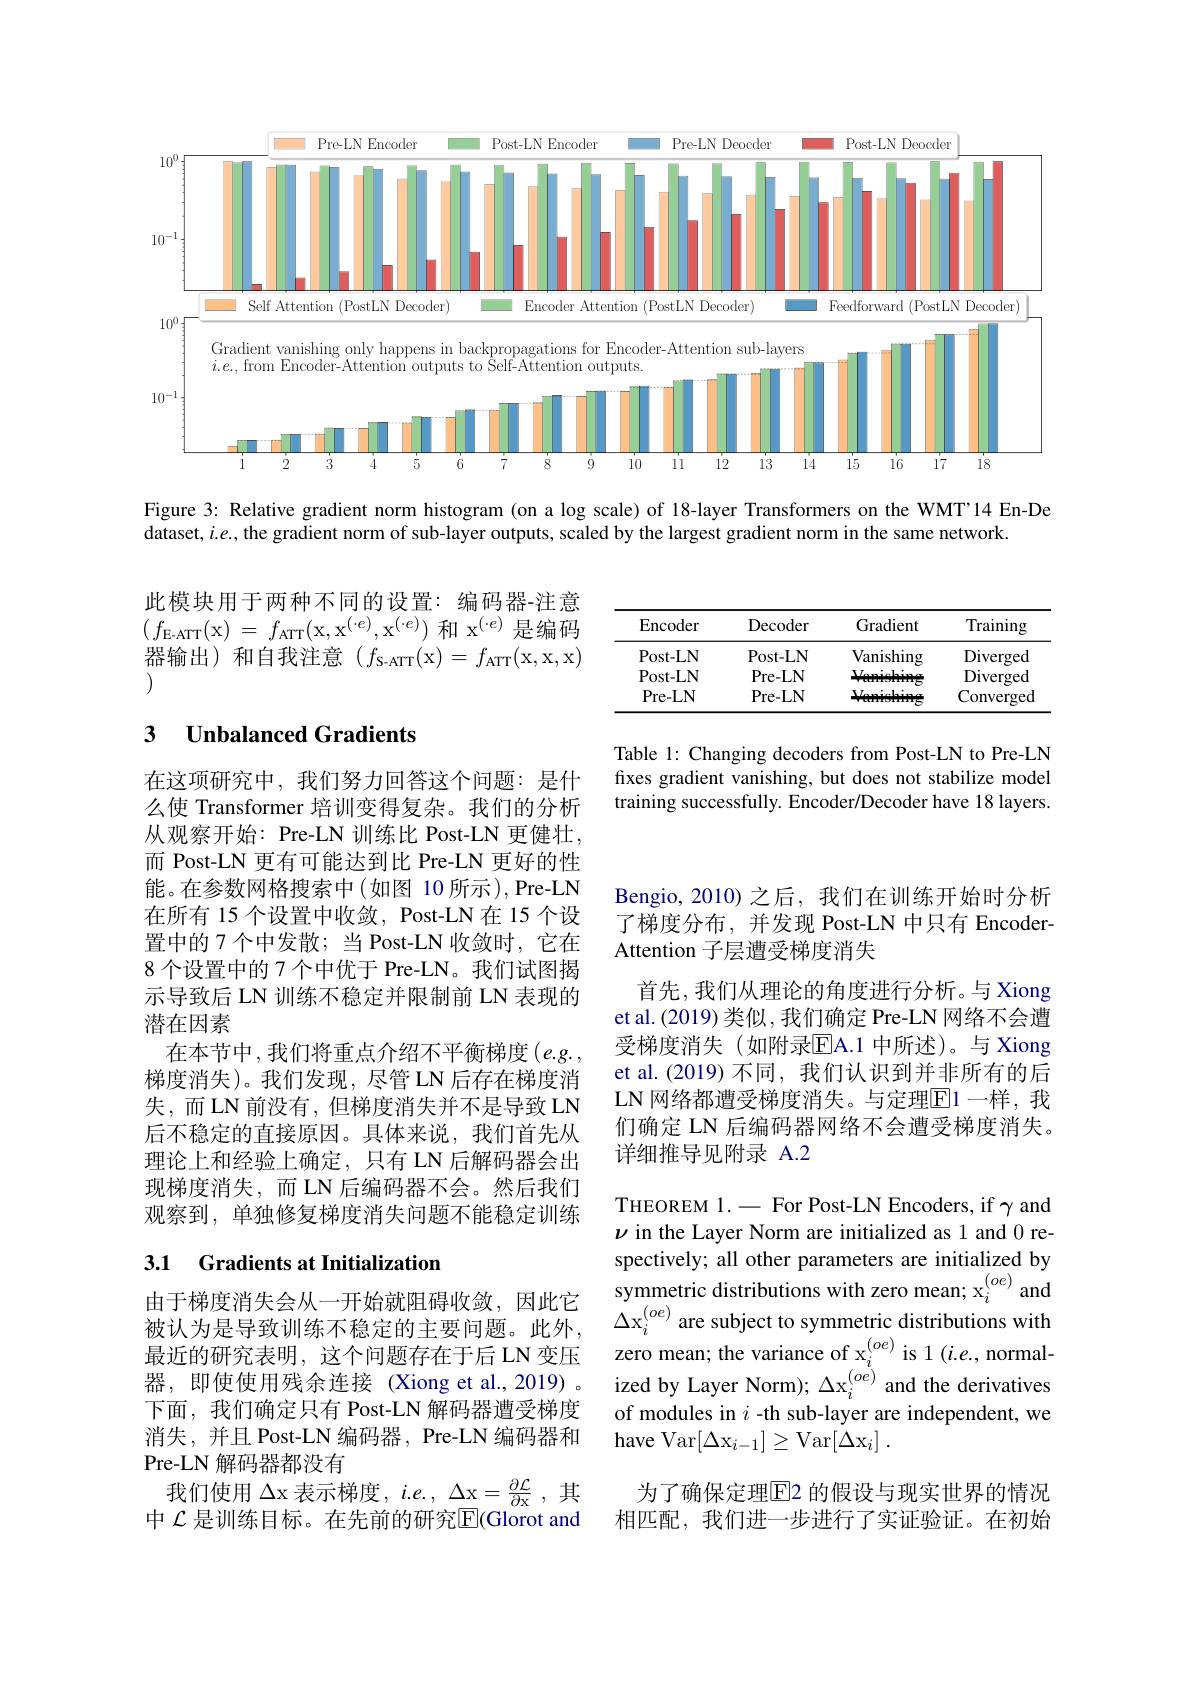
<FigureHere>

Figure 3: Relative gradient norm histogram (on a $\log$ scale) of 18-layer Transformers on the WMT'14 En-De
dataset, $i.e.$, the gradient norm of sub-layer outputs, scaled by the largest gradient norm in the same network.

此模块用于两种不同的设置：编码器-注意$(f_{\mathrm{E-ATT}}($x) = $f_\mathrm{ATT}($x,x$^(\cdot e)$,x$^(\cdot e))$和 x$^{(\cdot e)}$是编码器输出)和自我注意($f_\mathrm{S-ATT}($x$)=f_\mathrm{ATT}($x,x,x) (

<table>
	<tbody>
		<tr>
			<th>Encoder</th>
			<th>Decoder</th>
			<th>Gradient</th>
			<th>Training</th>
		</tr>
		<tr>
			<td>Post- LN</td>
			<td>Post- LN</td>
			<td>Vanishing</td>
			<td>Diverged</td>
		</tr>
		<tr>
			<td>Post- LN</td>
			<td>Pre- LN</td>
			<td>$M.$</td>
			<td>Diverged</td>
		</tr>
		<tr>
			<td>Pre- LN</td>
			<td>Pre- LN</td>
			<td>Vlar</td>
			<td>Converged</td>
		</tr>
	</tbody>
</table>

### 3 $\textbf{Unbalanced Gradients}$

Table 1: Changing decoders from Post-LN to Pre-LN fixes gradient vanishing, but does not stabilize model training successfully. Encoder/Decoder have 18 layers.

在这项研究中，我们努力回答这个问题：是什么使 Transformer 培训变得复杂。我们的分析从观察开始：Pre-LN 训练比 Post-LN 更健壮， 而 Post-LN 更有可能达到比 Pre-LN 更好的性能。在参数网格搜索中(如图 10 所示),Pre-LN 在所有 15 个设置中收敛，Post-LN 在 15 个设置中的 7 个中发散；当 Post-LN 收敛时，它在8 个设置中的 7 个中优于 Pre-LN。我们试图揭示导致后 LN 训练不稳定并限制前 LN 表现的潜在因素
在本节中，我们将重点介绍不平衡梯度$(e.g.$ 梯度消失)。我们发现，尽管 LN 后存在梯度消失，而LN前没有，但梯度消失并不是导致 LN 后不稳定的直接原因。具体来说，我们首先从理论上和经验上确定，只有 LN 后解码器会出现梯度消失，而 LN 后编码器不会。然后我们观察到，单独修复梯度消失问题不能稳定训练

Bengio, 2010) 之后，我们在训练开始时分析了梯度分布，并发现 Post-LN 中只有 EncoderAttention 子层遭受梯度消失
首先，我们从理论的角度进行分析。与 Xiong et al.(2019) 类似，我们确定 Pre-LN 网络不会遭受梯度消失 (如附录$\overline{\mathrm{EA.1}}$ 中所述)。与 Xiong et al.(2019) 不同，我们认识到并非所有的后LN 网络都遭受梯度消失。与定理$\overline{\mathrm{E}}1$ 一样，我们确定 LN 后编码器网络不会遭受梯度消失。详细推导见附录 A.2

## 3.1 Gradients at Initialization

THEOREM 1.- For Post-LN Encoders, if $\gamma$ and $\nu$ in the Layer Norm are initialized as 1 and 0 respectively; all other parameters are initialized by symmetric distributions with zero mean; x$_i^{(oe)}$ and $\Delta\mathrm{x}_{i}^{(oe)}$ are subject to symmetric distributions with zero mean; the variance of x$_i^{(oe)}$ is 1$(i.e.$, normal ized by Layer Norm); $\Delta\mathrm{x}_{i}^{(oe)}$ and the derivatives of modules in $i$ -th sub-layer are independent, we $\operatorname { have} \operatorname { Var} [ \Delta \mathrm{x} _{i- 1}] \geq \operatorname { Var} [ \Delta \mathrm{x} _{i}]$ .

由于梯度消失会从一开始就阻碍收敛，因此它被认为是导致训练不稳定的主要问题。此外， 最近的研究表明，这个问题存在于后 LN 变压器，即使使用残余连接(Xiong et al.,2019) 。下面，我们确定只有 Post-LN 解码器遭受梯度消失，并且 Post-LN 编码器，Pre-LN 编码器和Pre-LN 解码器都没有
我们使用$\Delta$x 表示梯度$,i.e.,\Delta$x$=\frac\partial\mathcal{L}{\partial\text{x}}$,其中 $\mathcal{L}$ 是训练目标。在先前的研究$\mathbb{E}($Glorot and

为了确保定理$\boxed{\mathrm{F}}$2 的假设与现实世界的情况相匹配，我们进一步进行了实证验证。在初始